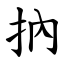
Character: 抐